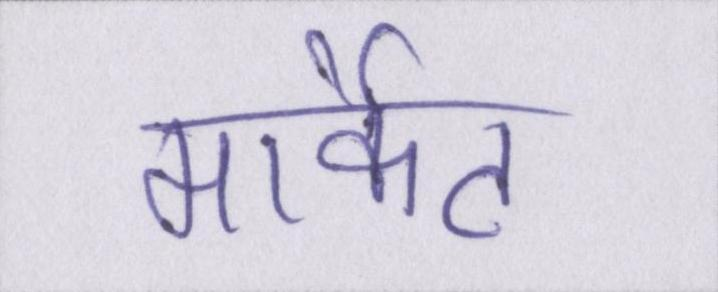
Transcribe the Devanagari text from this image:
मार्केट